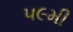
૫૯મી